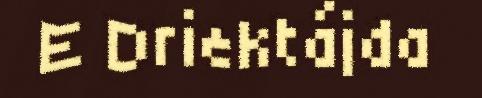
E Driektájda